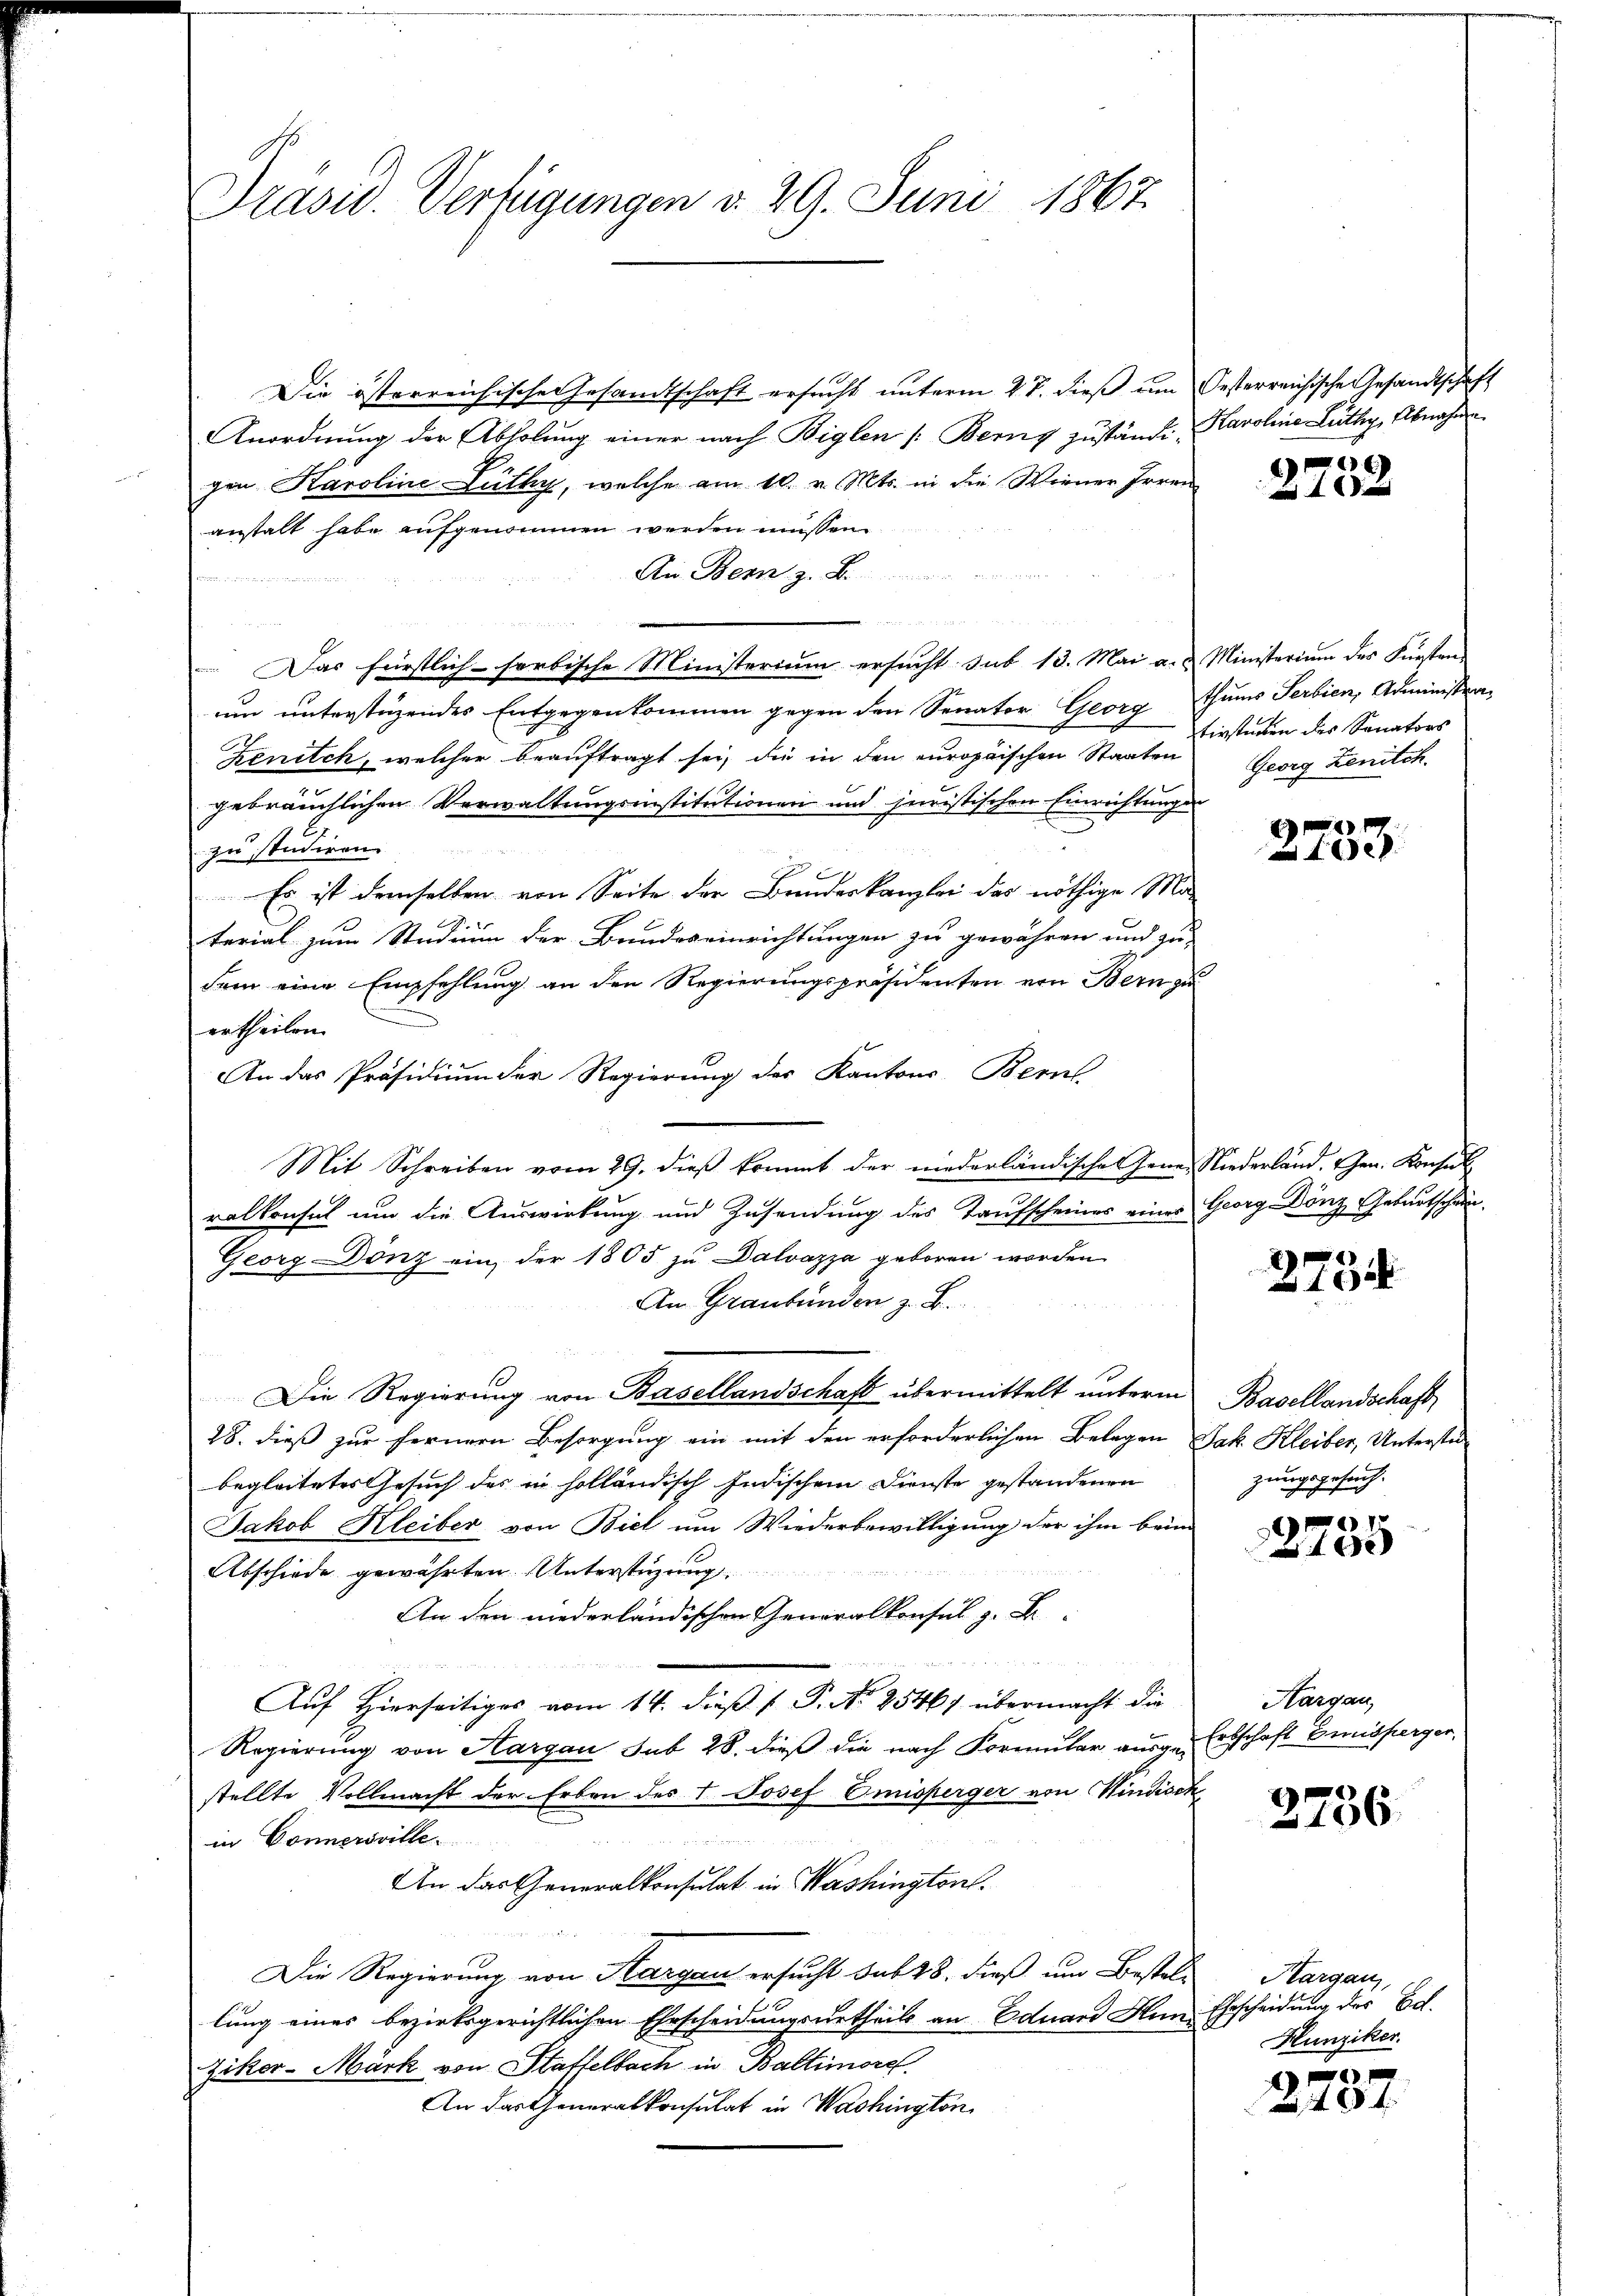
Präsid. Verfügungen v. 29. Juni 1867.

Die österreichische Gesamtschaft ersucht unterm 27. dieß um Oesterreichische Gesandtschaft
Anordnung der Abholung einer nach Biglen /: Berny zustände Karolina Lüthy, Abnahme
gen Karoline Lüthy, welche am 10. v. Mts. in die Wiener Irren
anstalt habe aufgenommen werden müssen.
An Bern z. B.
e
d
 Das fürstlich-sorbische Ministerium ersucht sub 13. Mai a. u. Ministerium des Fürsten
um unterstüzendes Entgegenkommen gegen den Senator Georg thums Serbien, Administra¬
Zenitck, welcher beauftragt sei, die in den europaischen Staaten
gebräuchlichen Verwaltungsinstitutionen und juristischen Einrichtungen
zu studiren.
Es ist demselben von Seite der Bundeskanzlei das nöthige Ma-
terial zum Studium der Bundeseinrichtungen zu gewähren und zu
dem eine Empfehlung an den Regierungspräsidenten von Bern zu
ertheilen.
An das Präsidium der Regierung des Kantons Berns
Mit Schreiben vom 29. dieβ kommt der niederländische Gener Niederland. Ehen. Konsul
ralkonsul um die Auswirkung und Zusendung des Taufscheines eines Georg Dönz Geburtschän¬
Georg Dönz ein der 1805 zu Dalvazza geboren worden

An Graubünden z. B.
Die Regierung von Basellandschaft übermittelt unterm Basellandschaft,
28. dieß zur fernern Besorgung ein mit den erforderlichen Belegen Jak. Kleiber, Untersten
begleitetes Gesuch des in holländisch Indischem Dienste gestandenen
Jakob Kleiber von Biel um Wiederbewilligung der ihm beim
Abschiede gewährten Unterstüzung
An den niederländischen Generalkonsul z. B
e
Auf Hierseitiges vom 14. dieß ( P. Nr. 25461 übermacht die
Regierung von Aargau sub 28. dieß die nach Formular ausge-Erbschaft Emisperger,
stellte Vollmacht der Erben des 1. Josef Emisperger von Windisch
in Connersville
An das Generalkonsulat in Washington.
Die Regierung von Sargau ersucht sub 28. dieß um Bestellung eines bezirksgerichtlichen Ehrscheidungsurtheils an Eduard Heim Ehescheidung der Bd.
Ziker-Märk von Staffelbach in Baltimore.
An das Generalkonsulat in Washington

)
x

tirsterben des Sanators
Georg Zenitch

2753.

2794

zungsgesuch.

1
100

Hargau,

2736

Kargau,
Hunziker.

A
 x